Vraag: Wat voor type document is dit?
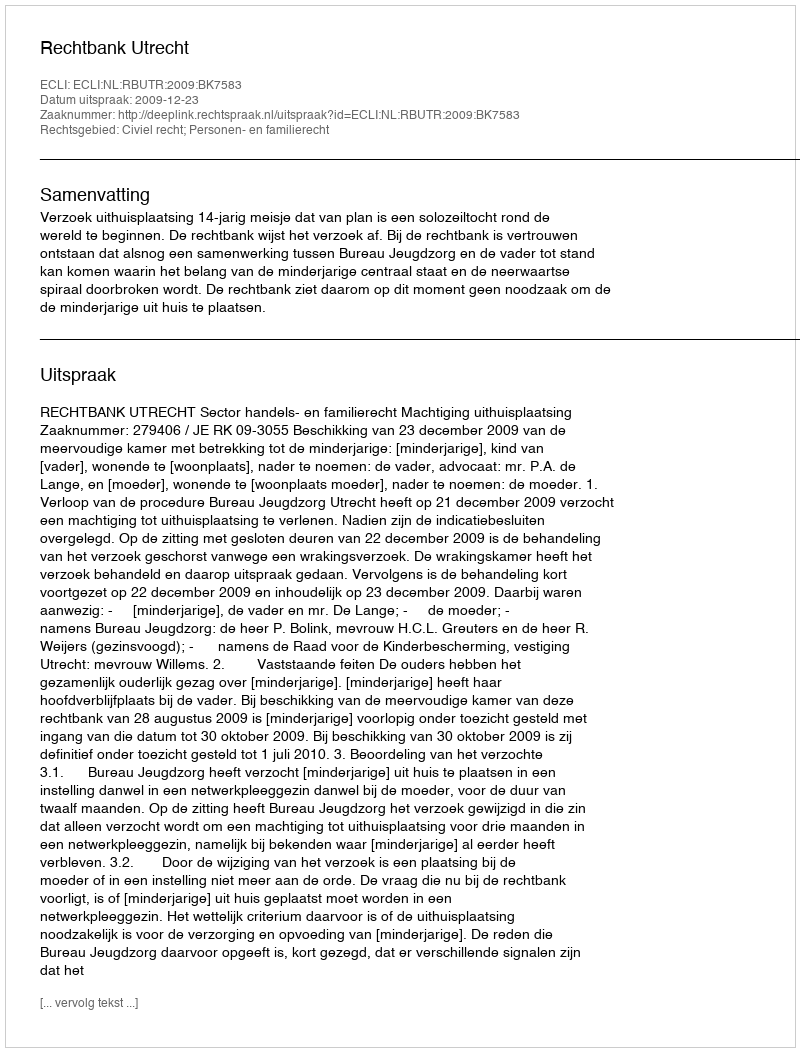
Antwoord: Uitspraak